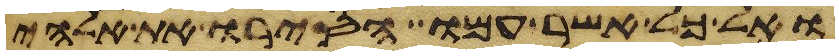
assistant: ואל כל אשר עמו הסירו את אלהי